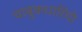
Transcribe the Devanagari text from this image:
चाबुकधारियो